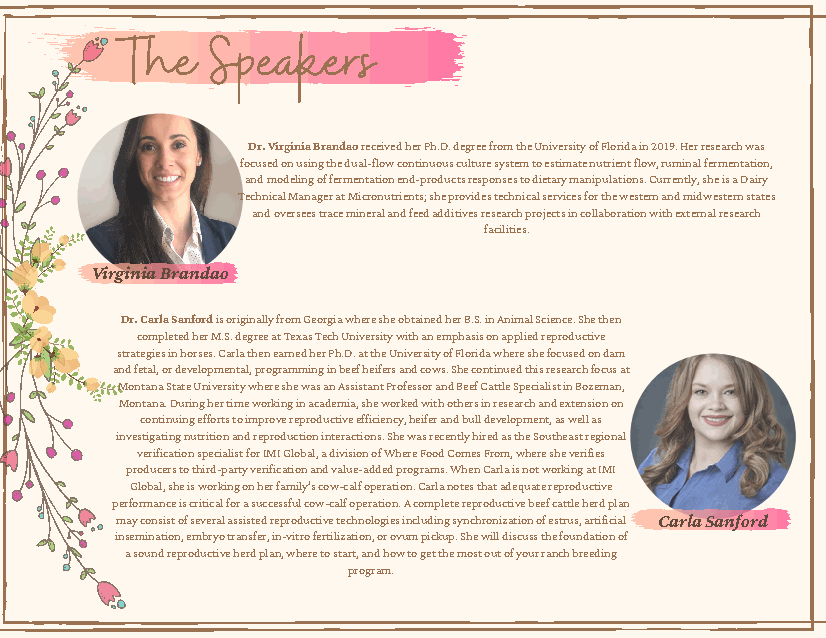
The   Speakers
 Dr. Virginia Brandao received her Ph.D. degree from the University of Florida in 2019. Her research was
 focused on using the dual-flow continuous culture system to estimate nutrient flow, ruminal fermentation,
 and modeling of fermentation end-products responses to dietary manipulations. Currently, she is a Dairy
 Technical Manager at Micronutrients; she provides technical services for the western and midwestern states
 and oversees trace mineral and feed additives research projects in collaboration with external research
 facilities.
 Virginia Brandao
 Dr. Carla Sanford is originally from Georgia where she obtained her B.S. in Animal Science. She then
 completed her M.S. degree at Texas Tech University with an emphasis on applied reproductive
 strategies in horses. Carla then earned her Ph.D. at the University of Florida where she focused on dam
 and fetal, or developmental, programming in beef heifers and cows. She continued this research focus at
 Montana State University where she was an Assistant Professor and Beef Cattle Specialist in Bozeman,
 Montana. During her time working in academia, she worked with others in research and extension on
 continuing efforts to improve reproductive efficiency, heifer and bull development, as well as
 investigating nutrition and reproduction interactions. She was recently hired as the Southeast regional
 verification specialist for IMI Global, a division of Where Food Comes From, where she verifies
 producers to third-party verification and value-added programs. When Carla is not working at IMI
 Global, she is working on her family’s cow-calf operation. Carla notes that adequate reproductive
 performance is critical for a successful cow-calf operation. A complete reproductive beef cattle herd plan
 may consist of several assisted reproductive technologies including synchronization of estrus, artificial Carla Sanford
 insemination, embryo transfer, in-vitro fertilization, or ovum pickup. She will discuss the foundation of
 a sound reproductive herd plan, where to start, and how to get the most out of your ranch breeding
 program.